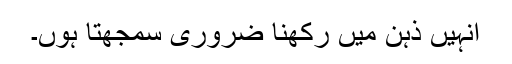
انہیں ذہن میں رکھنا ضروری سمجھتا ہوں۔